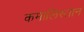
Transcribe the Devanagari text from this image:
कमालिस्तान